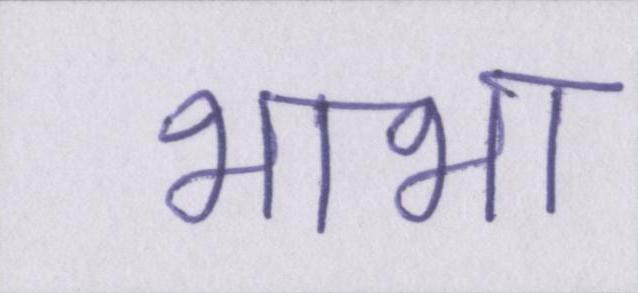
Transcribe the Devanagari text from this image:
भाभा